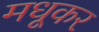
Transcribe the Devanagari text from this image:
मधूकर